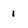
Character: 1